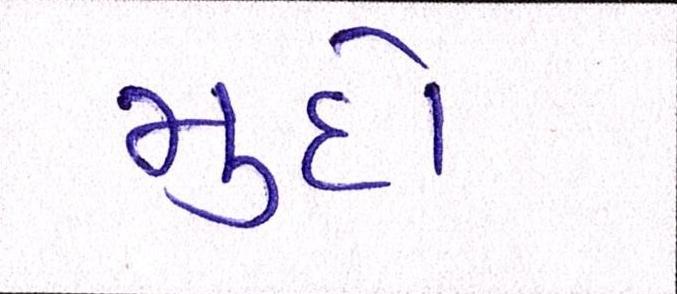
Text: મુદો